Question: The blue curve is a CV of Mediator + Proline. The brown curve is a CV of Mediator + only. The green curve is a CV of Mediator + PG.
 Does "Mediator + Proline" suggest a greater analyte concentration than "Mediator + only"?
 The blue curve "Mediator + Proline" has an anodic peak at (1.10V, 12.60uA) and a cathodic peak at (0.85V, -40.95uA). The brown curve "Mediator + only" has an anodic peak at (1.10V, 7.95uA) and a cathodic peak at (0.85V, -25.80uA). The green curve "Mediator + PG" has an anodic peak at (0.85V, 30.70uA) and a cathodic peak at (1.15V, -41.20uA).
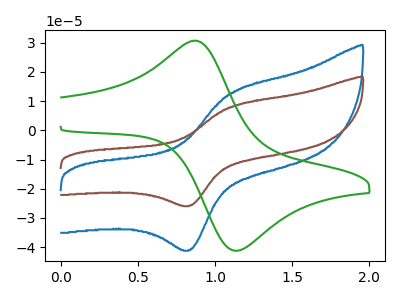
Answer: <think>All the peaks in "Mediator + Proline" have a peak in "Mediator + only" at the same potential. Every peak in "Mediator + Proline" is higher than every peak in "Mediator + only".
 </think>
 <answer>"Mediator + Proline" has more signal than "Mediator + only".</answer>
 <eval>more_signal</eval>